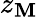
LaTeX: z_{\mathbf{M}}